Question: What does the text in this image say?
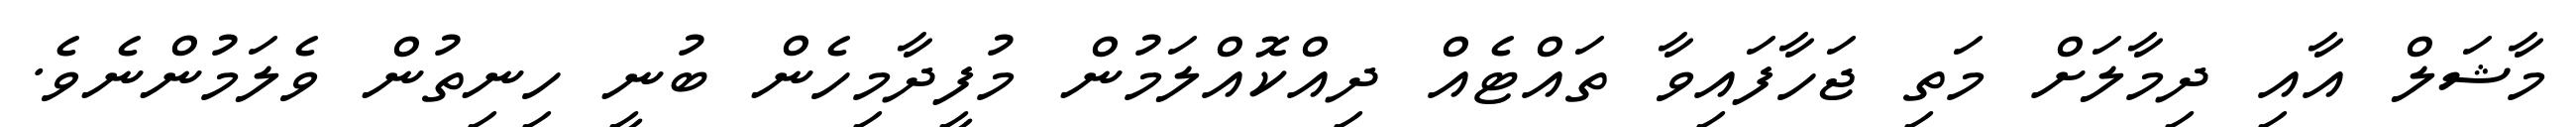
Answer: މާޝަލް އާއި ދިމާލަށް މަތި ޖަހާފައިވާ ތައްޓެއް ދިއްކޮއްލަމުން މުފީދާމިހެން ބުނީ ހިނިތުން ވެލަމުންނެވެ.